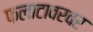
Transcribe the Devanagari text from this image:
फलाटावरवर